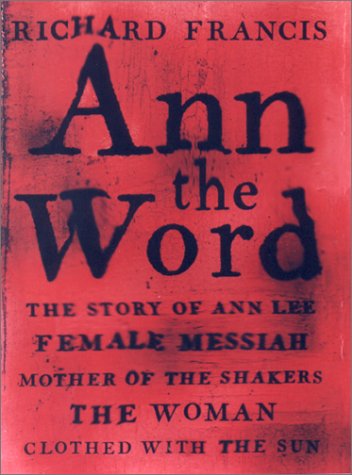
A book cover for Ann the Word: The Story of Ann Lee, Female Messiah, Mother of the Shakers; Richard Francis; Christian Books & Bibles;